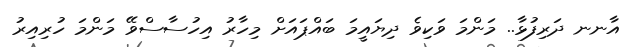
އާނނ ދަރިފުޅާ.. މަންމަ ވަކިވެ ދިޔައީމަ ބައްޕައަށް މިހާރު އިހުސާސްވޭ މަންމަ ހުރިއިރު